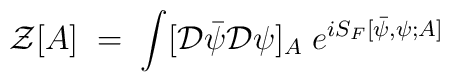
{\mathcal Z}[A] \;=\; \int  [{\mathcal D} {\bar\psi} {\mathcal D} \psi]_A \; e^{i S_F[{\bar\psi},\psi;A]}